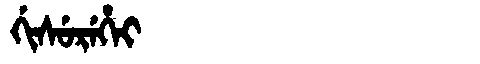
Manchu: ᡤᡳᠰᡠᡵᡝᡥᡝᡳ
Romanization: GISUREHEI